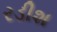
રડીશ